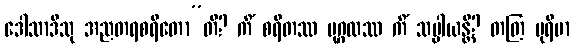
ဒေါသာဒီသု အညတရစရိတော”တိ? ကိံ စရိတဿ ပုဂ္ဂလဿ ကိံ သပ္ပါယန္တိ? တတြ ပုရိမာ